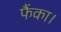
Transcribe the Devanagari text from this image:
फैंका।